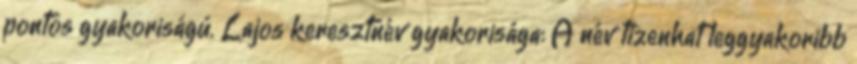
pontos gyakoriságú. Lajos keresztnév gyakorisága: A név tizenhat leggyakoribb